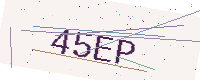
Text: 45EP